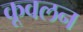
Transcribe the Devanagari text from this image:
कूवलन